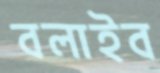
বলাইব